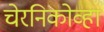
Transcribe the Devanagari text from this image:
चेरनिकोव्हा